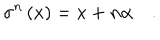
\sigma ^ { n } \left( x \right) = x + n \alpha \quad .